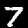
Digit: 7